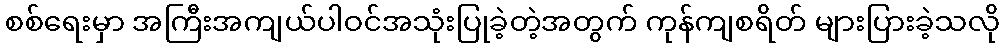
စစ်ရေးမှာ အကြီးအကျယ်ပါဝင်အသုံးပြုခဲ့တဲ့အတွက် ကုန်ကျစရိတ် များပြားခဲ့သလို